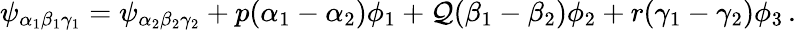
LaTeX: \psi_{\alpha_{1}\beta_{1}\gamma_{1}}=\psi_{\alpha_{2}\beta_{2}\gamma_{2}}+p(\alpha_{1}-\alpha_{2})\phi_{1}+\mathcal{Q}(\beta_{1}-\beta_{2})\phi_{2}+r(\gamma_{1}-\gamma_{2})\phi_{3}\, .